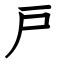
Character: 戸